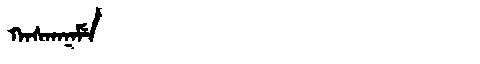
Manchu: ᡴᠠᠰᡴᠠᠨᠠᠮᡝ
Romanization: KASKANAME